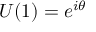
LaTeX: U ( 1 ) = e ^ { i \theta }